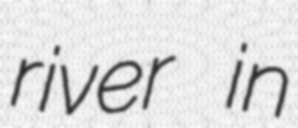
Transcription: river in